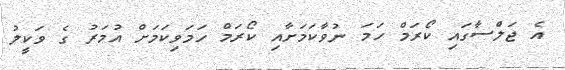
އެ ޖަލްސާގައި ކޯރަމް ހަމަ ނުވާކަމަށާއި ކޯރަމް ހަމަވިކަމަށް އުމަރު ގެ ވަކީލު